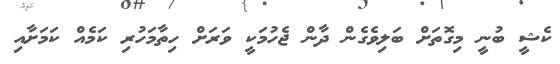
ކެޝީ ބުނީ މިގޮތަށް ބަލިވެގެން ދާން ޖެހުމަކީ ވަރަށް ހިތާމަހުރި ކަމެއް ކަމަށާއި